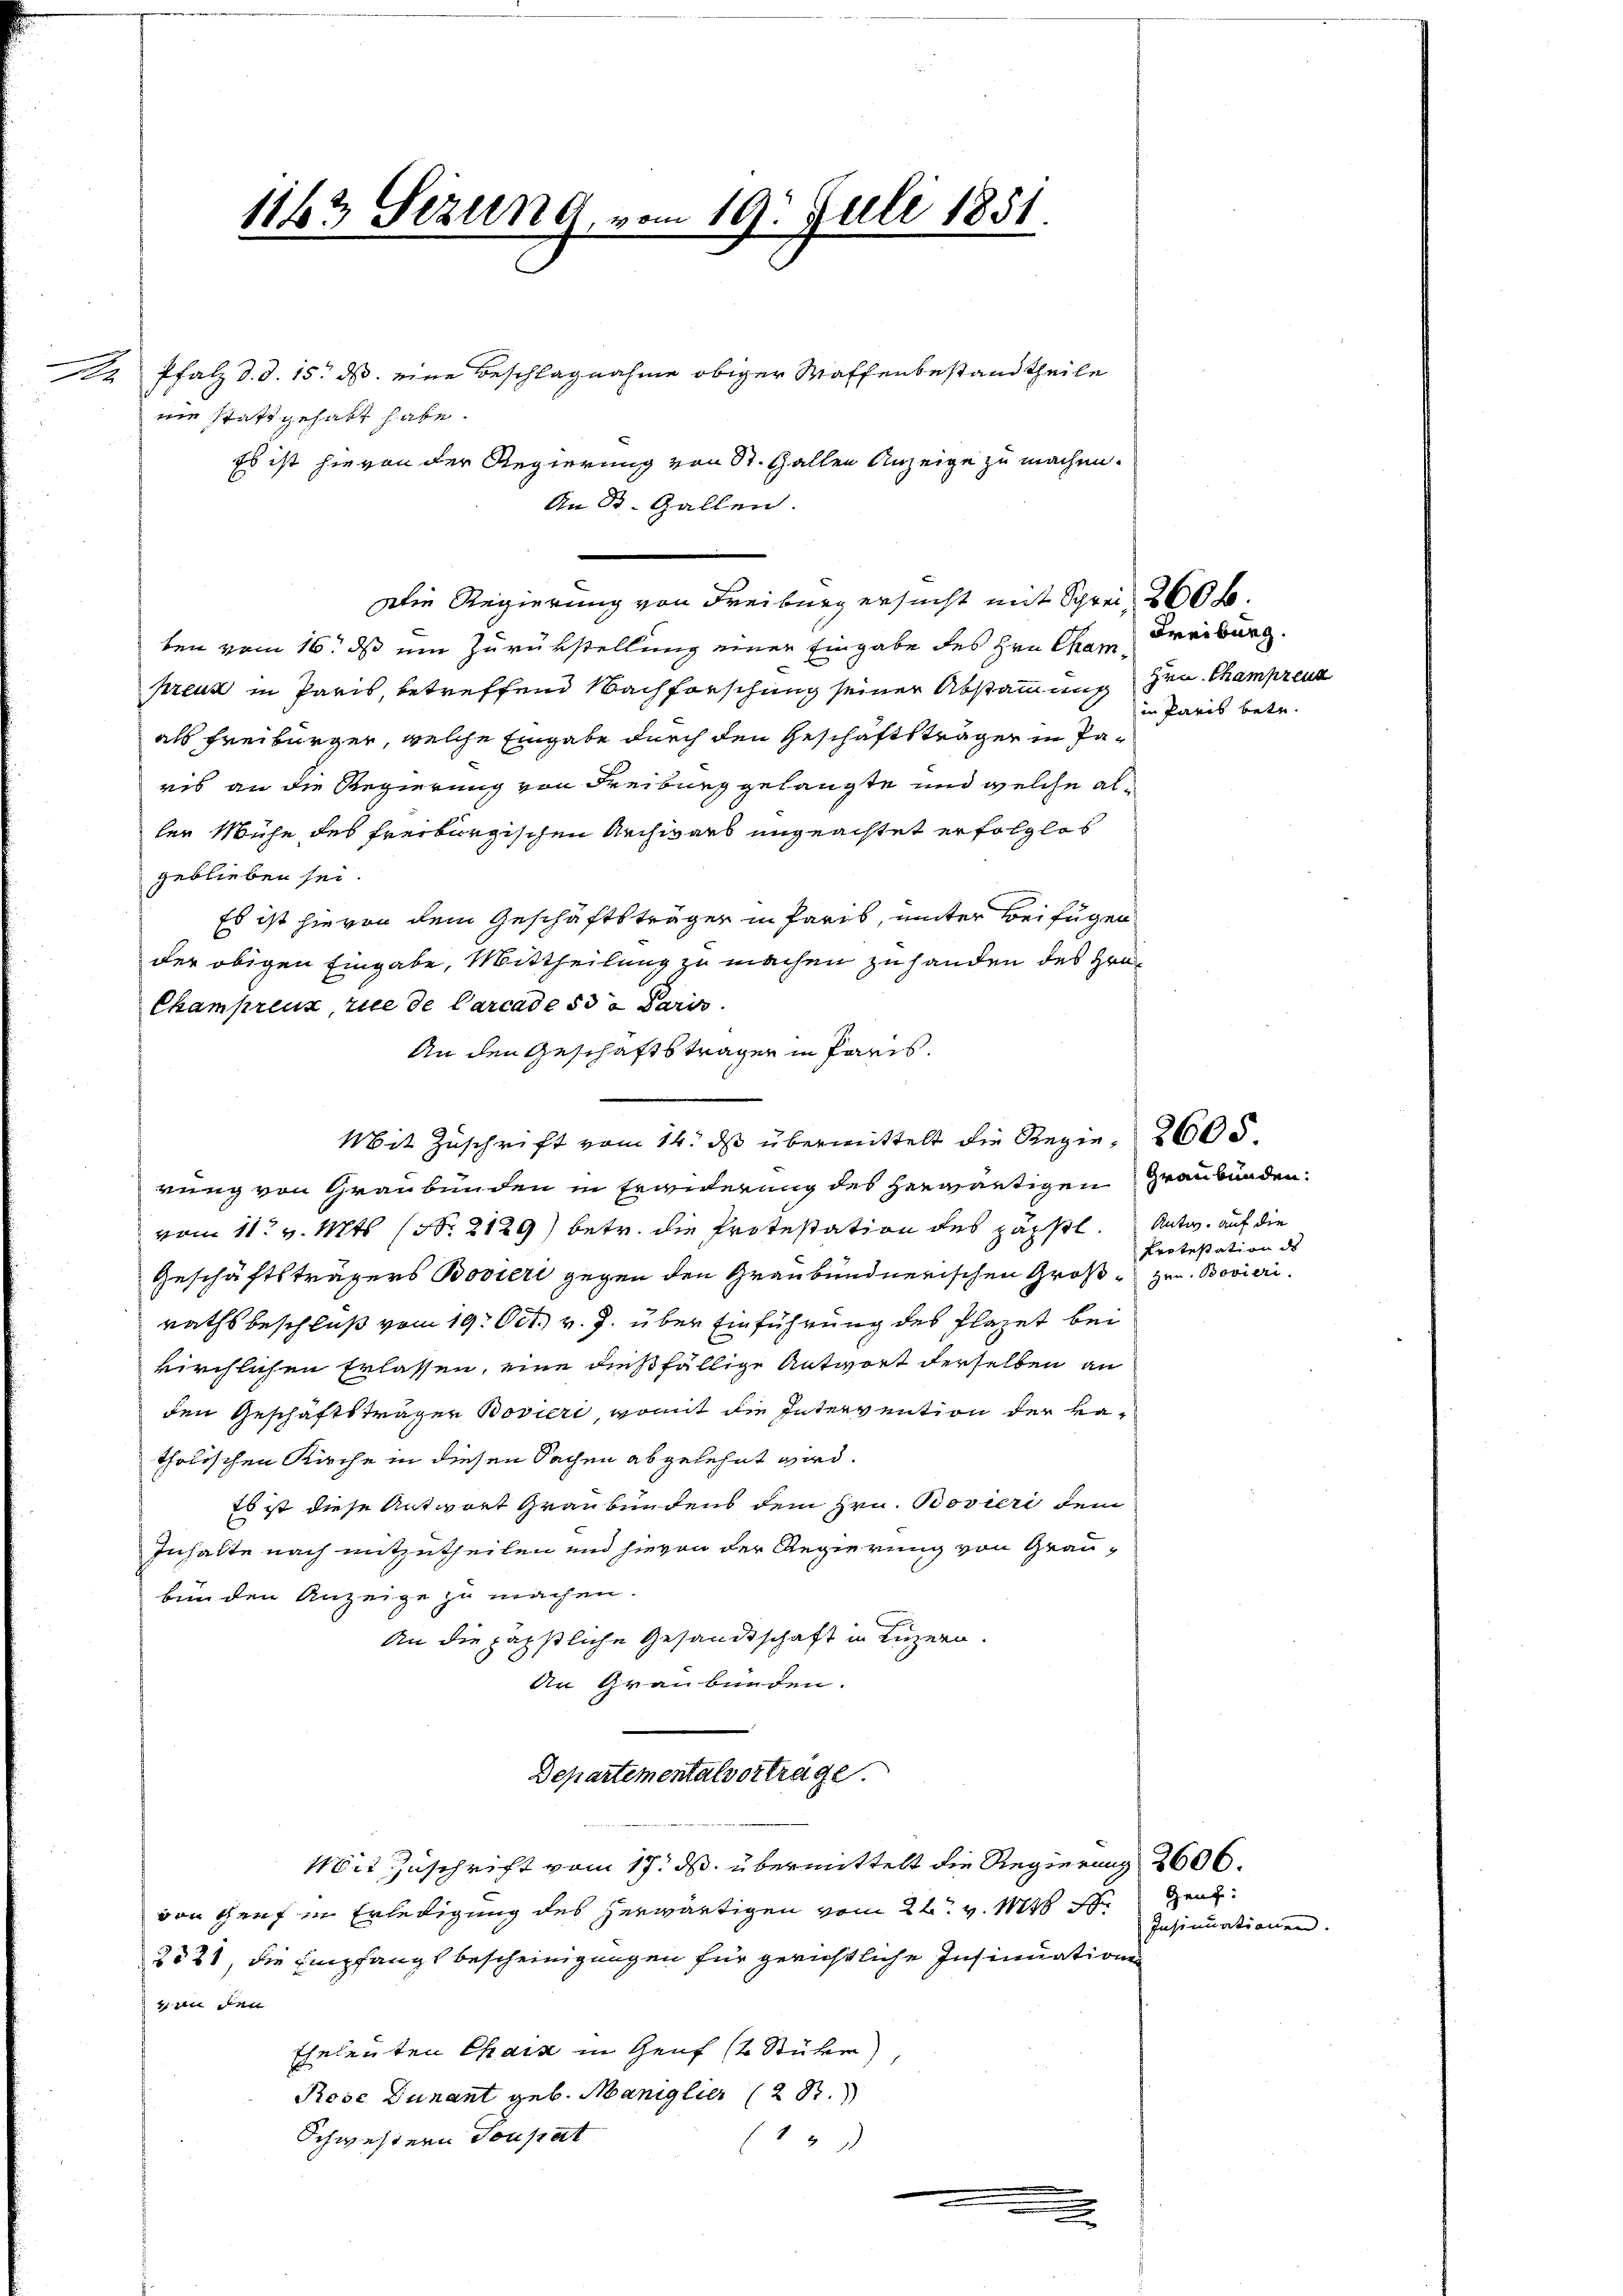
x

1143 Sezung vom 19. Juli 1851.

Pfalz d. d. 15. ds. eine Beschlagnahme obiger Waffenbestand theile
nie statt gehabt habe.
ben vom 16. ds ein Zurükstellung einer Eingabe des Hrn. Cham Freiburg.
preus in Paris, betreffend Nachforschung seiner Abstammung den Champrena
als Freiburger, welche Eingabe durch den Geschäftsträger in Paris an die Regierung von Freiburg gelangte und welche aller Mühe des freiburgischen Archwarb ungeachtet erfolglos
geblieben sei.
Es ist hievon dem Geschäftsträger in Paris, unter Beifügen
der obigen Eingabe, Mittheilung zu machen zu handen des Gra¬
Champrenz, rue de Carcade sie Paris
An den Geschäftsträger in Paris.
Mit Zŭschrift vom 14. dβ übermittelt die Regie, 2605.
rung von Graubünden in Erwiderung des herwärtigen Graubünden.
vom 11. v. Mts. (Nr. 2129) betr. die Protestation des päpstl. Antw. auf die
Geschäftsträgers Boviert gegen den Graubündnerischen Groß- Hrn. Bovieri
rathsbeschluß vom 19. Oct. v. J. über Einführung des Plazet bei
kirchlichen Erlassen, eine dießfällige Antwort derselben an
den Geschäftsträger Bovieri, womit die Intervention der katholischen Kirche in diesen Sachen abgelehnt wird.
Es ist diese Antwort Graubündens dem Hrn. Bovieri dem
Inhalte nach mitzutheilen und hievon der Regierung von Graubunden Anzeige zu machen.
An die päpstliche Gesandtschaft in Luzern.
An Graubünden.
Departementalvorträge.
Mit Zuschrift vom 17. ds. übermittelt die Regierung 3600.
von Genf in Erledigung des herwärtigen vom 22. v. Mts. de Gend
2521, die Empfangsbescheinigungen für gerichtliche Insinuation
 in den |
Eheleuten Chais in Genf (2 Stüke),
Rose Dunant geb. Maniglier (28.
Schwestern Toupat
17
.

Es ist hievon der Regierung von St. Gallen Anzeige zu machen.
An St. Gallen.

Die Regierung von Freiburg ersucht mit Schrei 260 f.

in Paris betr.

Protestation des

Insinuation